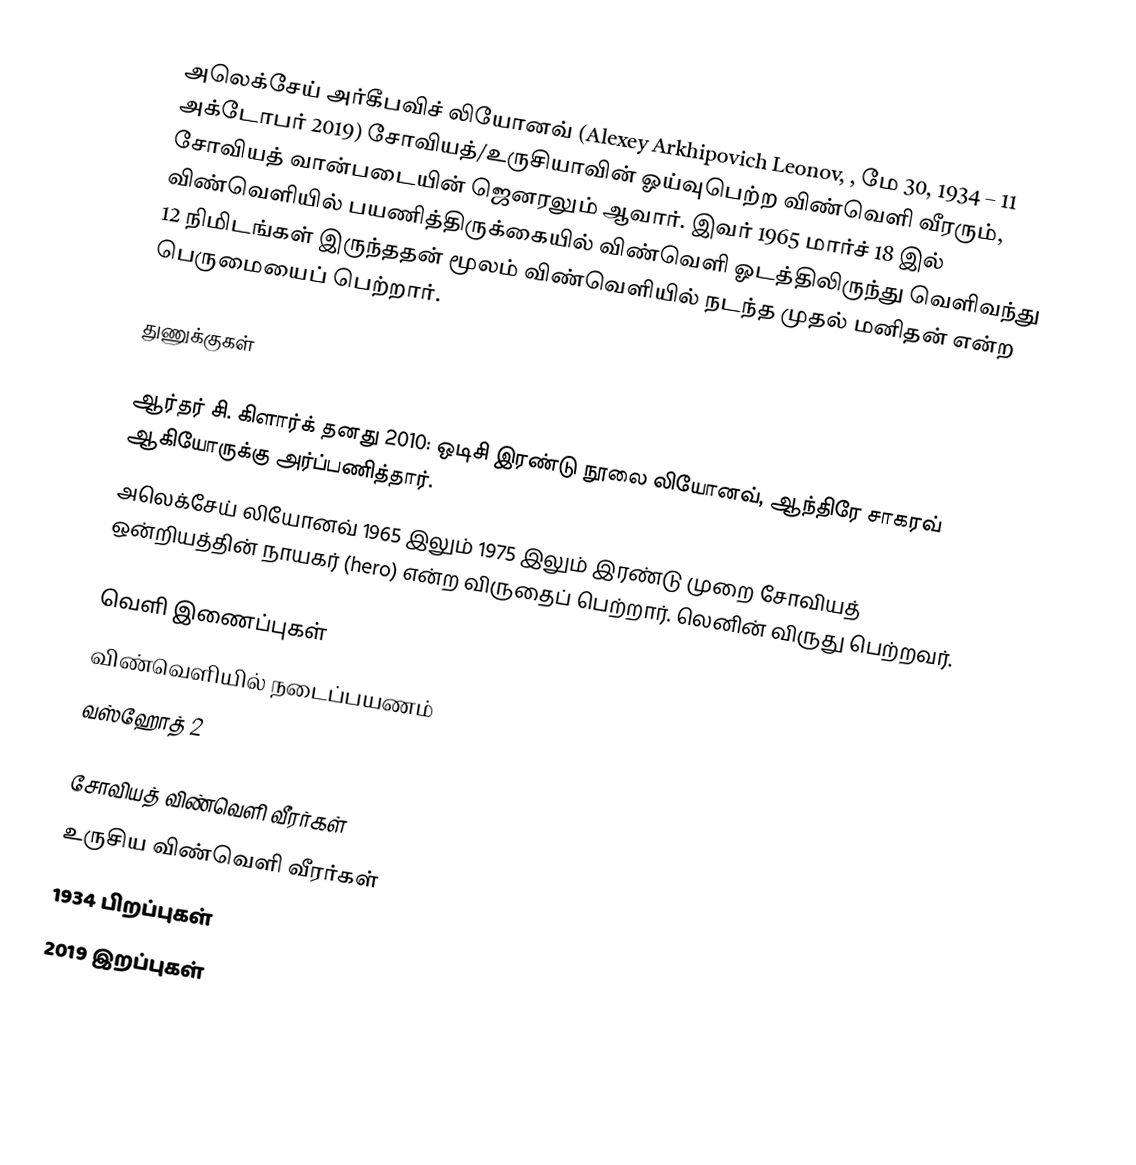
அலெக்சேய் அர்கீபவிச் லியோனவ் (Alexey Arkhipovich Leonov, , மே 30, 1934 – 11 அக்டோபர் 2019) சோவியத்/உருசியாவின் ஓய்வுபெற்ற விண்வெளி வீரரும், சோவியத் வான்படையின் ஜெனரலும் ஆவார். இவர் 1965 மார்ச் 18 இல் விண்வெளியில் பயணித்திருக்கையில் விண்வெளி ஓடத்திலிருந்து வெளிவந்து 12 நிமிடங்கள் இருந்ததன் மூலம் விண்வெளியில் நடந்த முதல் மனிதன் என்ற பெருமையைப் பெற்றார்.

துணுக்குகள்

 ஆர்தர் சி. கிளார்க் தனது 2010: ஒடிசி இரண்டு நூலை லியோனவ், ஆந்திரே சாகரவ் ஆகியோருக்கு அர்ப்பணித்தார்.
 அலெக்சேய் லியோனவ் 1965 இலும் 1975 இலும் இரண்டு முறை சோவியத் ஒன்றியத்தின் நாயகர் (hero) என்ற விருதைப் பெற்றார். லெனின் விருது பெற்றவர்.

வெளி இணைப்புகள்
 விண்வெளியில் நடைப்பயணம்
 வஸ்ஹோத் 2

சோவியத் விண்வெளி வீரர்கள்
உருசிய விண்வெளி வீரர்கள்
1934 பிறப்புகள்
2019 இறப்புகள்